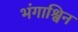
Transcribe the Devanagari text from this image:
भंगाश्विन